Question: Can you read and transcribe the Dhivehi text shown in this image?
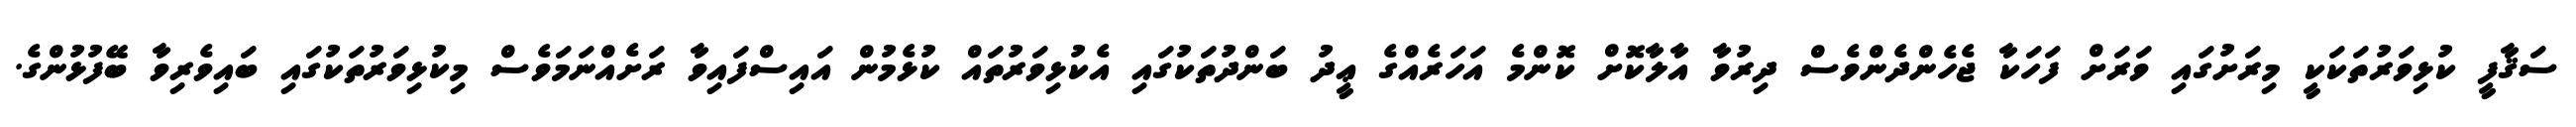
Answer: ސަޤާފީ ކުޅިވަރުތަކަކީ މިރަށުގައި ވަރަށް ފަހަކާ ޖެހެންދެންވެސް ދިރުވާ އާލާކޮށް ކޮންމެ އަހަރެއްގެ ޢީދު ބަންދުތަކުގައި އެކުޅިވަރުތައް ކުޅެމުން އައިސްފައިވާ ރަށެއްނަމަވެސް މިކުޅިވަރުތަކުގައި ބައިވެރިވާ ބޭފުޅުންގެ.